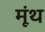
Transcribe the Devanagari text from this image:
मूंथ